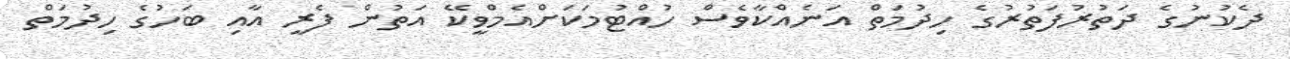
ދެކުނުގެ ދަތުރުފަތުރުގެ ހިދުމަތް އަނެއްކާވެސް ހުއްޓުމަކަށްއެމްވީކޭ އަތުން ފެރީ އާއި ބަހުގެ ހިދުމަތް